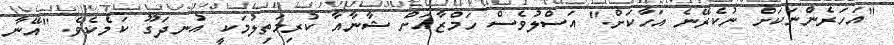
"އަހަރެންނަކަށް ނުކެރޭނެ އަހާކަށް." އަސްލުވެސް ހަމްޒާއަށް ޝާނާއާ ކުރިމަތިލުމަކީ އުނދަގޫ ކަމެކެވެ. "އޭނާ